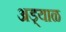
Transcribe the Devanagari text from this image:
अड्याळ